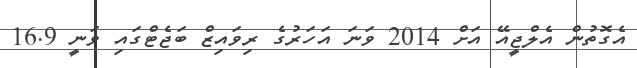
އެގޮތުން އެލްޖީއޭ އަށް 2014 ވަނަ އަހަރުގެ ރިވައިޒް ބަޖެޓްގައި ވަނީ 16.9